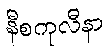
နီစကုလီနာ